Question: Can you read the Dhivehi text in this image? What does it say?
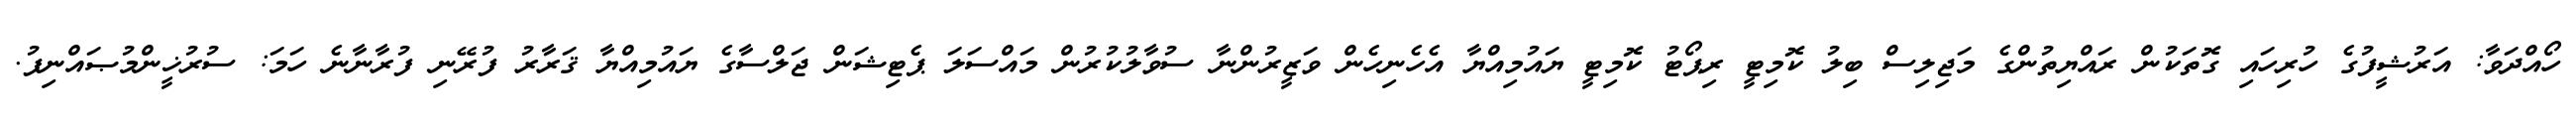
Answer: ހޯއްދަވާ: އަރުޝީފުގެ ހުރިހައި ގޮތަކުން ރައްޔިތުންގެ މަޖިލިސް ބިލު ކޮމިޓީ ރިޕޯޓު ކޮމިޓީ ޔައުމިއްޔާ އެހެނިހެން ވަޒީރުންނާ ސުވާލުކުރުން މައްސަލަ ޕެޓިޝަން ޖަލްސާގެ ޔައުމިއްޔާ ޤަރާރު ފުރޭނި ފުރާނާނެ ހަމަ: ސުރުޚީންމުޞައްނިފު.